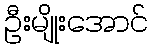
ဦးမျိုးအောင်